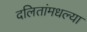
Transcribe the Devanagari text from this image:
दलितांमधल्या